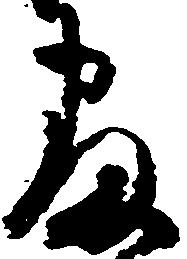
寝